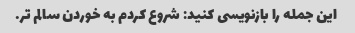
این جمله را بازنویسی کنید: شروع کردم به خوردن سالم تر.